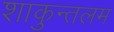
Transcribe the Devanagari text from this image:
शाकुन्तलम